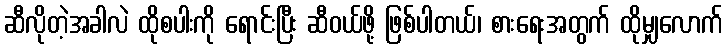
ဆီလိုတဲ့အခါလဲ ထိုစပါးကို ရောင်းပြီး ဆီဝယ်ဖို့ ဖြစ်ပါတယ်၊ စားရေးအတွက် ထိုမျှလောက်